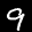
Label: 9